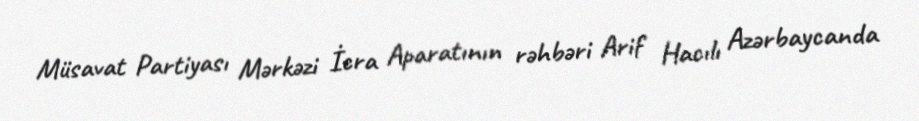
Müsavat Partiyası Mərkəzi İcra Aparatının rəhbəri Arif Hacılı Azərbaycanda